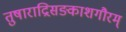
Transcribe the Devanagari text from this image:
तुषाराद्रिसङ्काशगौरम्